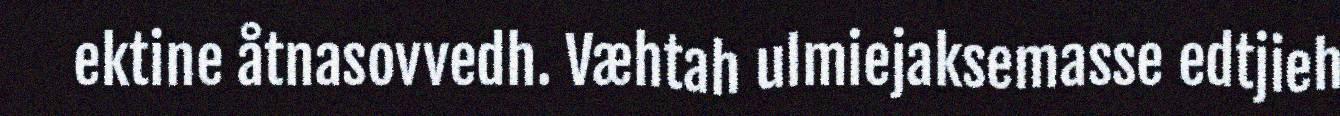
ektine åtnasovvedh. Væhtah ulmiejaksemasse edtjieh